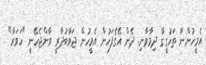
އެމީހުންނާ ތަހުގީގާ ދިމާވާނި. ދެން އޭގެފަހުން އެމީހުން ޖަވާބުދާރީ ވާންޖެހޭނީ "ހަވަރާ" .